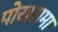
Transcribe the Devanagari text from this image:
पोखरामा